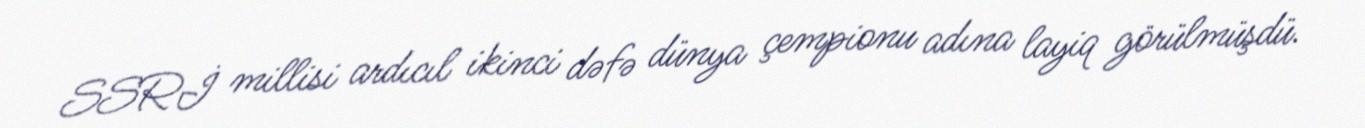
SSRİ millisi ardıcıl ikinci dəfə dünya çempionu adına layiq görülmüşdü.